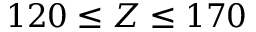
1 2 0 \leq Z \leq 1 7 0